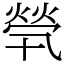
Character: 煢